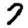
Digit: 7